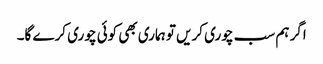
اگر ہم سب چوری کریں تو ہماری بھی کوئی چوری کرے گا۔